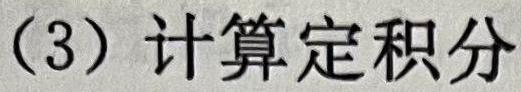
（3）计算定积分